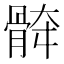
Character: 𱅯